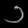
Digit: ၁